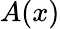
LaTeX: A(x)